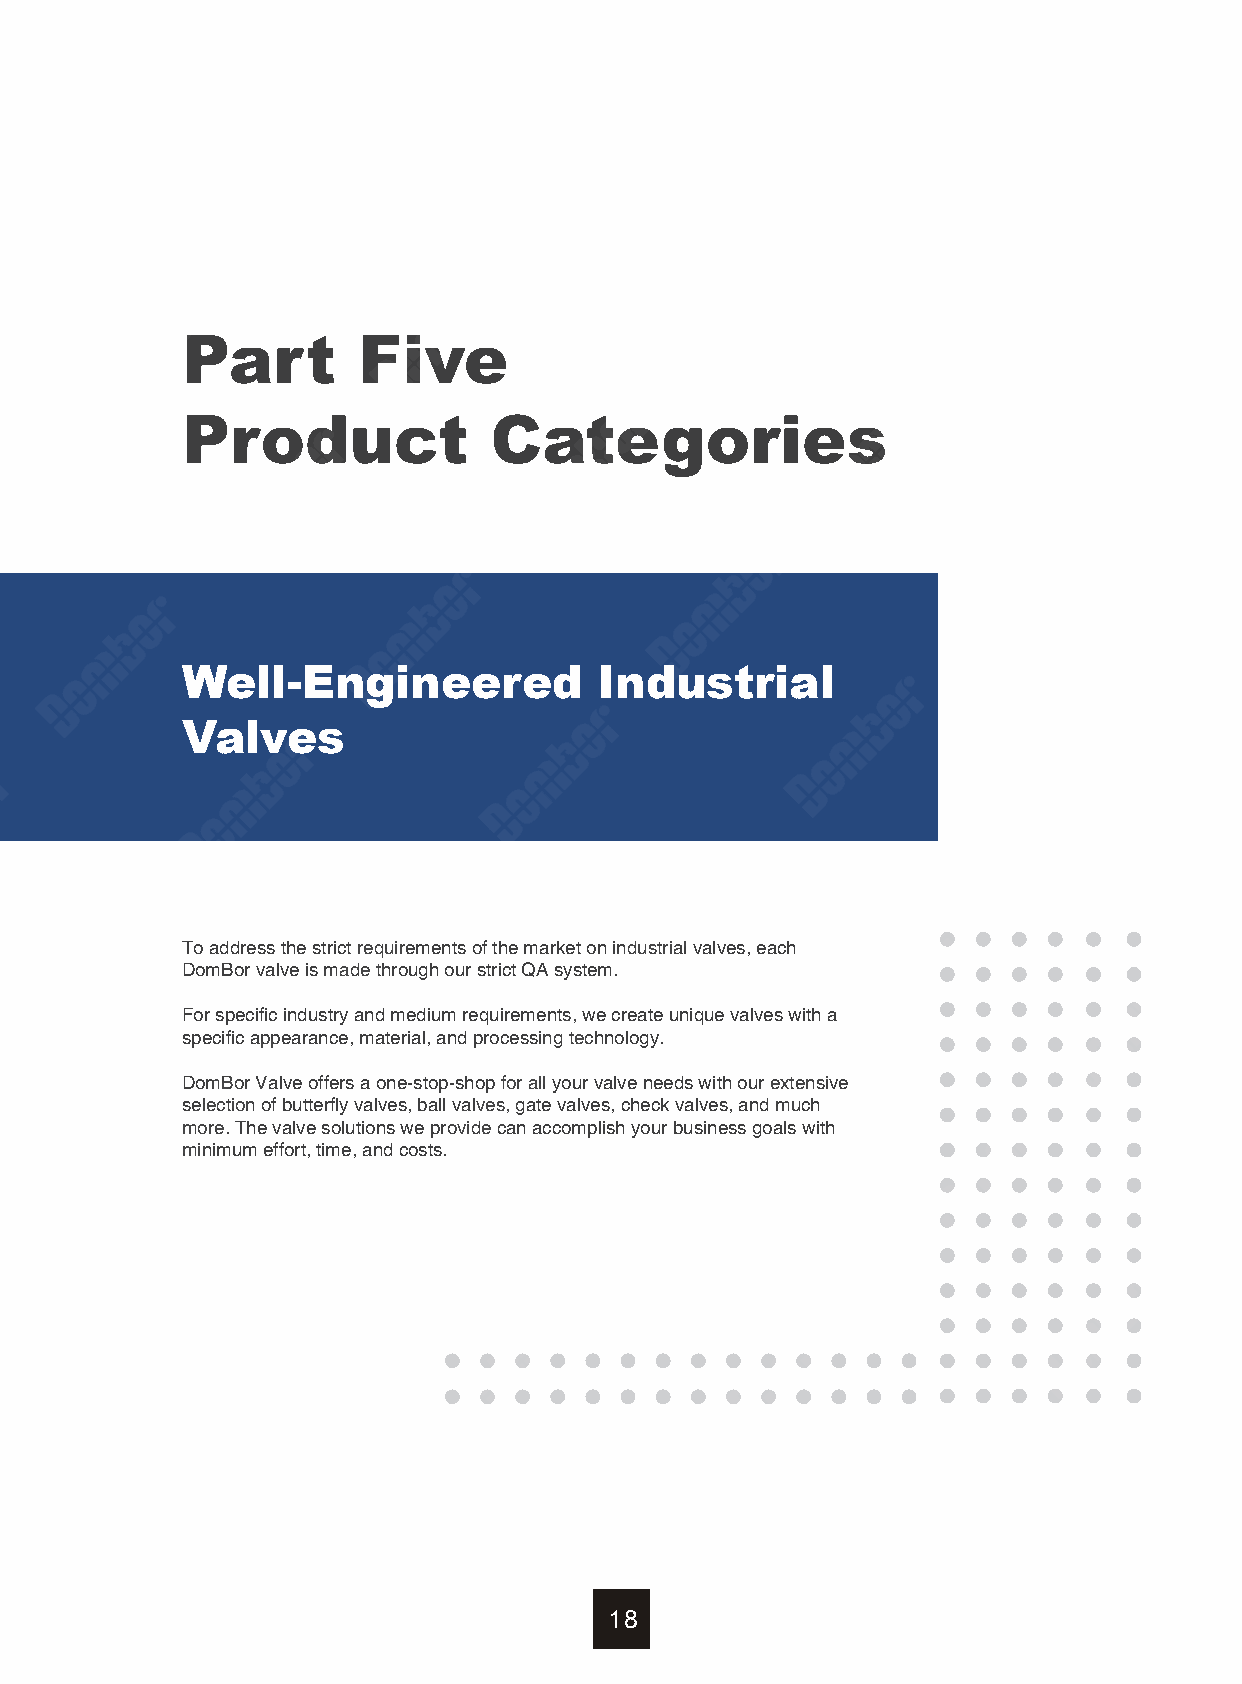
Part        Five
 Product             Categories
 Well-Engineered             Industrial
 Valves
 To address the strict requirements of the market on industrial valves, each
 DomBor valve is made through our strict QA system.
 For specific industry and medium requirements, we create unique valves with a
 specific appearance, material, and processing technology.
 DomBor Valve offers a one-stop-shop for all your valve needs with our extensive
 selection of butterfly valves, ball valves, gate valves, check valves, and much
 more. The valve solutions we provide can accomplish your business goals with
 minimum effort, time, and costs.
 18